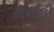
હાથથી